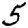
Digit: 5